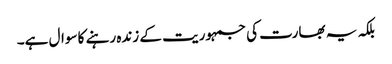
بلکہ یہ بھارت کی جمہوریت کے زندہ رہنے کا سوال ہے۔